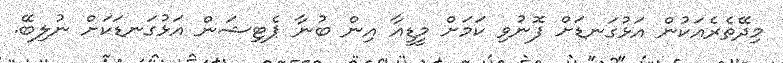
މިދޭތެރެއަކުން އަޅުގަނޑަށް ފޮނުވި ކަމަށް މީޑީއާ އިން ބުނާ ޕެޓިޝަން އަޅުގަނޑަކަށް ނުލިބޭ.